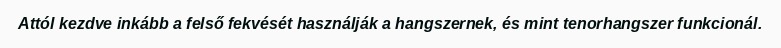
Attól kezdve inkább a felső fekvését használják a hangszernek, és mint tenorhangszer funkcionál.